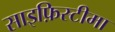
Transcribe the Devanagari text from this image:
साइफ़िस्टीमा